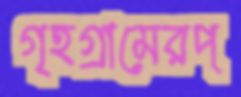
গৃহগ্রামেরপ্